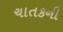
ચાતકની